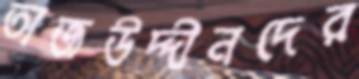
তাজউদ্দীনদের